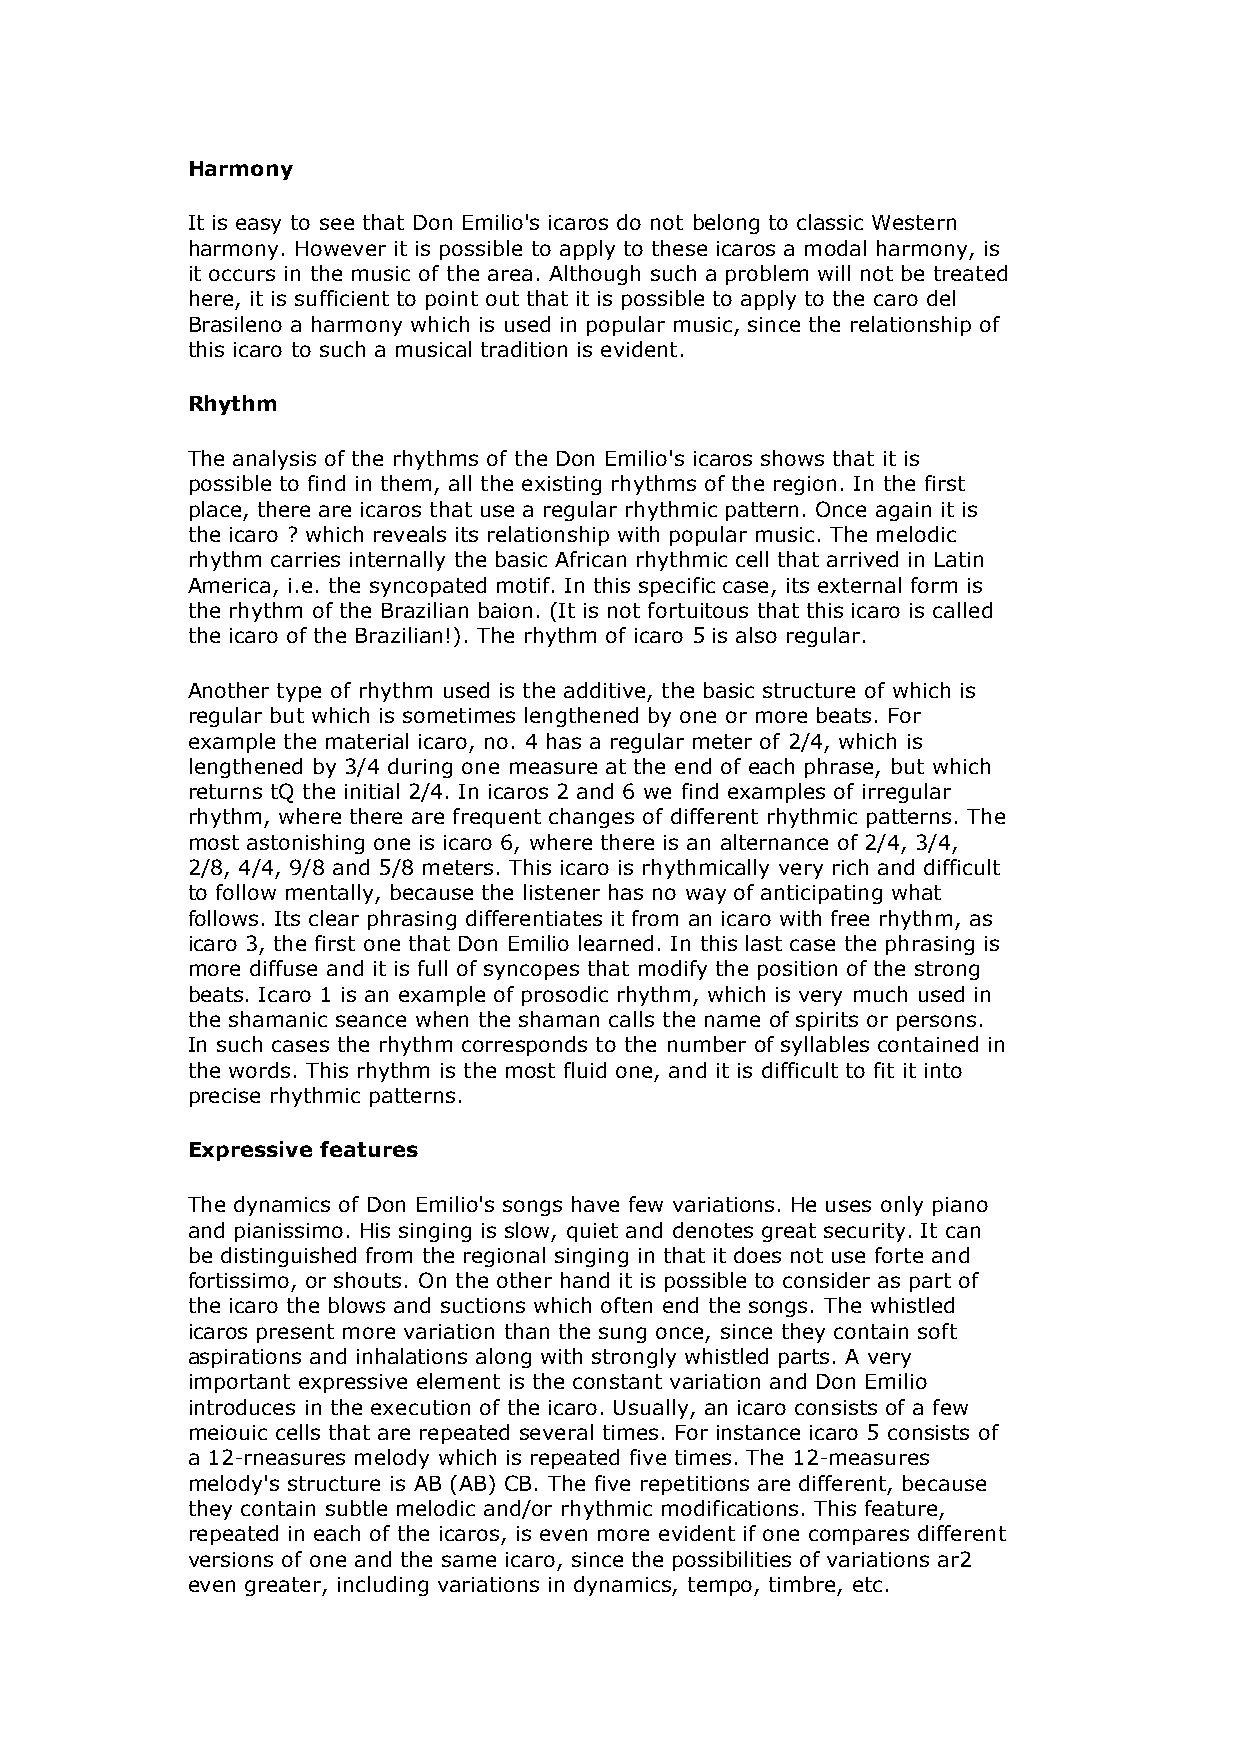
Harmony
 It is easy to see that Don Emilio's icaros do not belong to classic Western
 harmony. However it is possible to apply to these icaros a modal harmony, is
 it occurs in the music of the area. Although such a problem will not be treated
 here, it is sufficient to point out that it is possible to apply to the caro del
 Brasileno a harmony which is used in popular music, since the relationship of
 this icaro to such a musical tradition is evident.
 Rhythm
 The analysis of the rhythms of the Don Emilio's icaros shows that it is
 possible to find in them, all the existing rhythms of the region. In the first
 place, there are icaros that use a regular rhythmic pattern. Once again it is
 the icaro ? which reveals its relationship with popular music. The melodic
 rhythm carries internally the basic African rhythmic cell that arrived in Latin
 America, i.e. the syncopated motif. In this specific case, its external form is
 the rhythm of the Brazilian baion. (It is not fortuitous that this icaro is called
 the icaro of the Brazilian!). The rhythm of icaro 5 is also regular.
 Another type of rhythm used is the additive, the basic structure of which is
 regular but which is sometimes lengthened by one or more beats. For
 example the material icaro, no. 4 has a regular meter of 2/4, which is
 lengthened by 3/4 during one measure at the end of each phrase, but which
 returns tQ the initial 2/4. In icaros 2 and 6 we find examples of irregular
 rhythm, where there are frequent changes of different rhythmic patterns. The
 most astonishing one is icaro 6, where there is an alternance of 2/4, 3/4,
 2/8, 4/4, 9/8 and 5/8 meters. This icaro is rhythmically very rich and difficult
 to follow mentally, because the listener has no way of anticipating what
 follows. Its clear phrasing differentiates it from an icaro with free rhythm, as
 icaro 3, the first one that Don Emilio learned. In this last case the phrasing is
 more diffuse and it is full of syncopes that modify the position of the strong
 beats. Icaro 1 is an example of prosodic rhythm, which is very much used in
 the shamanic seance when the shaman calls the name of spirits or persons.
 In such cases the rhythm corresponds to the number of syllables contained in
 the words. This rhythm is the most fluid one, and it is difficult to fit it into
 precise rhythmic patterns.
 Expressive features
 The dynamics of Don Emilio's songs have few variations. He uses only piano
 and pianissimo. His singing is slow, quiet and denotes great security. It can
 be distinguished from the regional singing in that it does not use forte and
 fortissimo, or shouts. On the other hand it is possible to consider as part of
 the icaro the blows and suctions which often end the songs. The whistled
 icaros present more variation than the sung once, since they contain soft
 aspirations and inhalations along with strongly whistled parts. A very
 important expressive element is the constant variation and Don Emilio
 introduces in the execution of the icaro. Usually, an icaro consists of a few
 meiouic cells that are repeated several times. For instance icaro 5 consists of
 a 12-rneasures melody which is repeated five times. The 12-measures
 melody's structure is AB (AB) CB. The five repetitions are different, because
 they contain subtle melodic and/or rhythmic modifications. This feature,
 repeated in each of the icaros, is even more evident if one compares different
 versions of one and the same icaro, since the possibilities of variations ar2
 even greater, including variations in dynamics, tempo, timbre, etc.